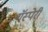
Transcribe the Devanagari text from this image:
गॅस्पेरी